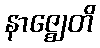
နာဇ္ဈေတိ